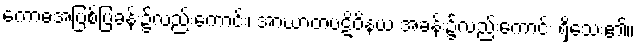
ကောဓအပြစ်ပြခန်း၌လည်းကောင်း၊ အာဃာတပဋိဝိနယ အခန်း၌လည်းကောင်း ရှိသေး၏။